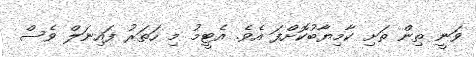
ވަނީ ތިން ތަށި ކާމިޔާބުކޮށްފަ އެވެ. އެޓީމު މި ހަތަރު ފައިނަލް ވެސް